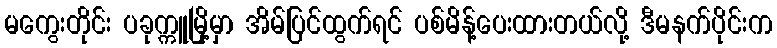
မကွေးတိုင်း ပခုက္ကူမြို့မှာ အိမ်ပြင်ထွက်ရင် ပစ်မိန့်ပေးထားတယ်လို့ ဒီမနက်ပိုင်းက